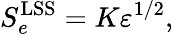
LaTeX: S_{e}^{\mathrm{LSS}}=K\varepsilon^{1/2},